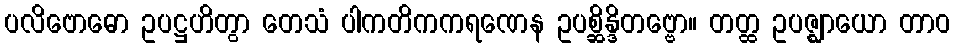
ပလိဗောဓော ဥပဋ္ဌဟိတွာ တေသံ ပါကတိကကရဏေန ဥပစ္ဆိန္ဒိတဗ္ဗော။ တတ္ထ ဥပဇ္ဈာယော တာဝ